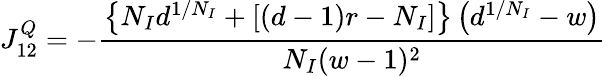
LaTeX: J_{12}^{Q}=-\frac{\left\{ N_{I}d^{1/N_{I}}+[(d-1)r-N_{I}]\right\} \left(d^{1/N_{I}}-w\right)}{N_{I}(w-1)^{2}}